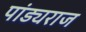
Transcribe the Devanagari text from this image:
पांड्यराज